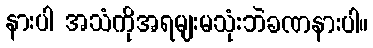
နားပါ အသံကိုအရမျးမသုံးဘဲခဏနားပါ။